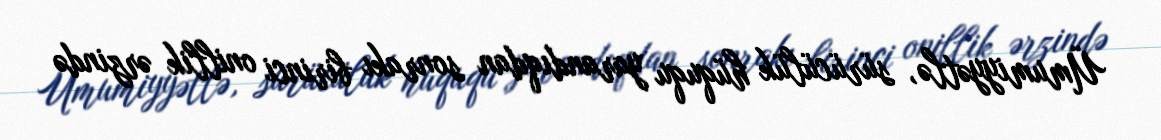
Ümumiyyətlə, sürücülük hüququ yarandıqdan sonrakı birinci onillik ərzində